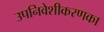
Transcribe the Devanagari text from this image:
उपनिवेशीकरणका